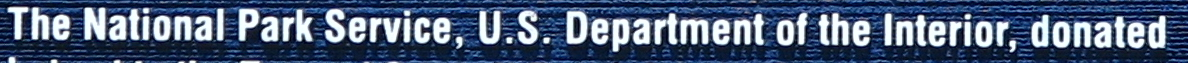
The National Park Service, U.S. Department of the Interior, donated